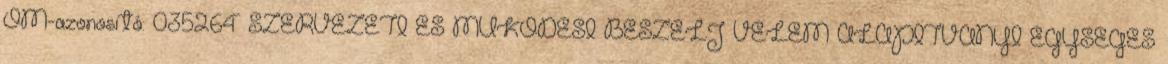
OM-azonosító: 035264 SZERVEZETI ÉS MŰKÖDÉSI BESZÉLJ VELEM ALAPÍTVÁNYI EGYSÉGES